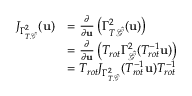
\begin{array} { r l } { J _ { \Gamma _ { T \hat { \mathcal { G } } } ^ { 2 } } ( \mathbf { u } ) } & { = \frac { \partial } { \partial \mathbf { u } } \left( \Gamma _ { T \hat { \mathcal { G } } } ^ { 2 } ( \mathbf { u } ) \right) } \\ & { = \frac { \partial } { \partial \mathbf { u } } \left( T _ { r o t } \Gamma _ { \hat { \mathcal { G } } } ^ { 2 } ( T _ { r o t } ^ { - 1 } \mathbf { u } ) \right) } \\ & { = T _ { r o t } J _ { \Gamma _ { T \hat { \mathcal { G } } } ^ { 2 } } ( T _ { r o t } ^ { - 1 } \mathbf { u } ) T _ { r o t } ^ { - 1 } } \end{array}